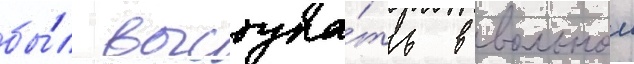
бы́л выступа́ть в вольнои